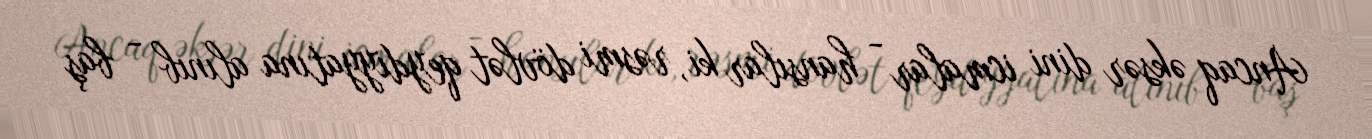
Ancaq əksər dini icmalar - hansılar ki, rəsmi dövlət qeydiyyatına alınıb - baş